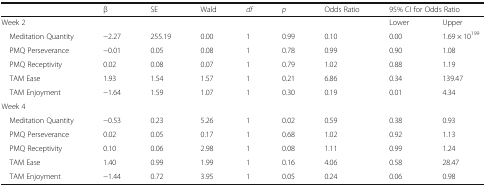
|  | β | SE | Wald | df | p | Odds Ratio | <COLSPAN=2> 95% CI for Odds Ratio |
 | --- | --- | --- | --- | --- | --- | --- | --- | --- |
 | Week 2 |  |  |  |  |  |  | Lower | Upper |
 | Meditation Quantity | −2.27 | 255.19 | 0.00 | 1 | 0.99 | 0.10 | 0.00 | 1.69 × 10199 |
 | PMQ Perseverance | −0.01 | 0.05 | 0.08 | 1 | 0.78 | 0.99 | 0.90 | 1.08 |
 | PMQ Receptivity | 0.02 | 0.08 | 0.07 | 1 | 0.79 | 1.02 | 0.88 | 1.19 |
 | TAM Ease | 1.93 | 1.54 | 1.57 | 1 | 0.21 | 6.86 | 0.34 | 139.47 |
 | TAM Enjoyment | −1.64 | 1.59 | 1.07 | 1 | 0.30 | 0.19 | 0.01 | 4.34 |
 | Week 4 |  |  |  |  |  |  |  |  |
 | Meditation Quantity | −0.53 | 0.23 | 5.26 | 1 | 0.02 | 0.59 | 0.38 | 0.93 |
 | PMQ Perseverance | 0.02 | 0.05 | 0.17 | 1 | 0.68 | 1.02 | 0.92 | 1.13 |
 | PMQ Receptivity | 0.10 | 0.06 | 2.98 | 1 | 0.08 | 1.11 | 0.99 | 1.24 |
 | TAM Ease | 1.40 | 0.99 | 1.99 | 1 | 0.16 | 4.06 | 0.58 | 28.47 |
 | TAM Enjoyment | −1.44 | 0.72 | 3.95 | 1 | 0.05 | 0.24 | 0.06 | 0.98 |